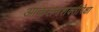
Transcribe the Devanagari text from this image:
आकलनशक्तीपेक्षा